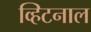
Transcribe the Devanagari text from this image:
व्हिटनाल